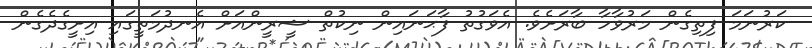
ކަރުނަމަ ފިތިގެން މަރުވާހާ ބާރަށެވެ. އެވަގުތު ފާޙަނައިން ނިކުތް ޝީރީންއަށް އެނދުމަތީގައި އިށީގެދެގެން